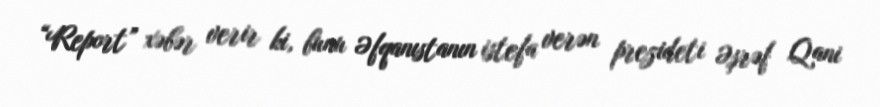
“Report” xəbər verir ki, bunu Əfqanıstanın istefa verən prezideti Əşrəf Qani